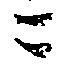
ニ